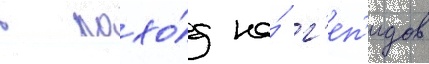
в похо́д на́ г'еп'идов